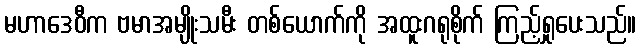
မဟာဒေဝီက ဗမာအမျိုးသမီး တစ်ယောက်ကို အထူးဂရုစိုက် ကြည့်ရှုပေးသည်။